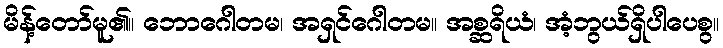
မိန့်တော်မူ၏။ ဘောဂေါတမ၊ အရှင်ဂေါတမ။ အစ္ဆရိယံ၊ အံ့ဘွယ်ရှိပါပေစွ။